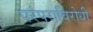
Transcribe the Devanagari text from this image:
परंपराविरोधी